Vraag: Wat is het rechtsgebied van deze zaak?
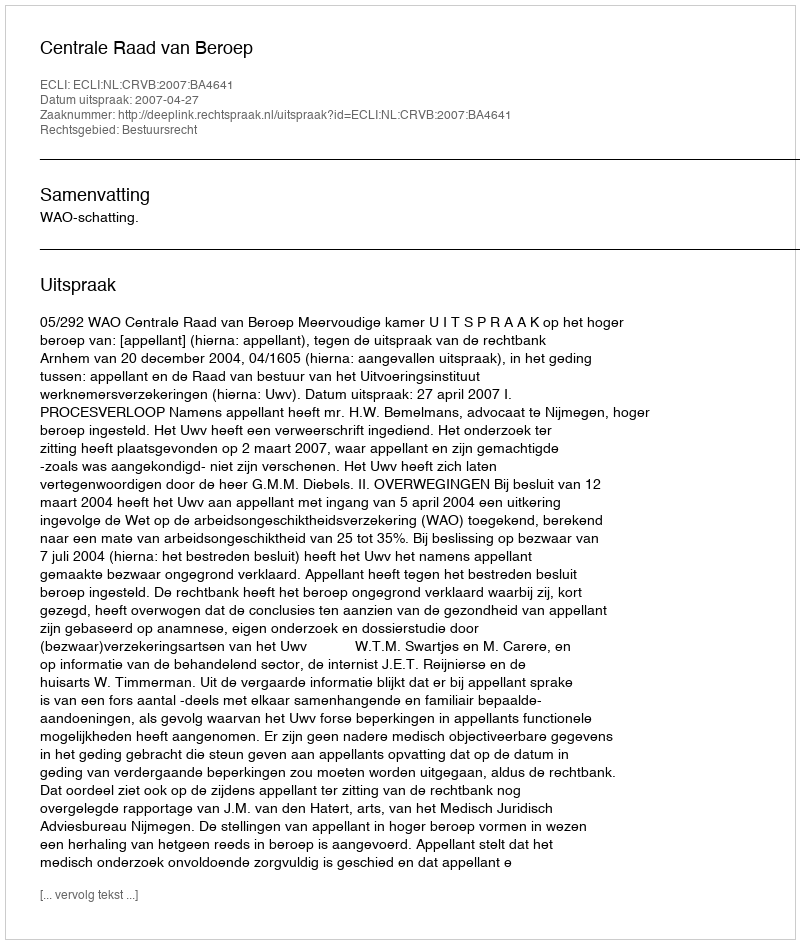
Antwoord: Bestuursrecht